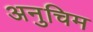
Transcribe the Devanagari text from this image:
अनुचिम